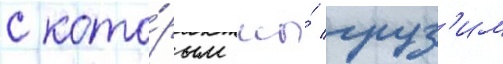
с кото́рым мы́ груз'им